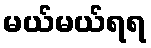
မယ်မယ်ရရ